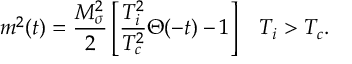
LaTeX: m ^ { 2 } ( t ) = \frac { M _ { \sigma } ^ { 2 } } { 2 } \left[ \frac { T _ { i } ^ { 2 } } { T _ { c } ^ { 2 } } \Theta ( - t ) - 1 \right] \; \; \; T _ { i } > T _ { c } .